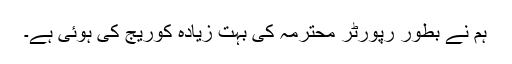
ہم نے بطور رپورٹر محترمہ کی بہت زیادہ کوریج کی ہوئی ہے۔